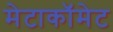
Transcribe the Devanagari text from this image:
मेटाकॉमेट